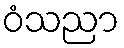
ဝံသညာ